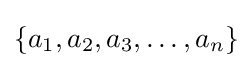
\{a_{1},a_{2},a_{3},\dots ,a_{n}\}